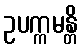
ဥပက္ကမန္တိ